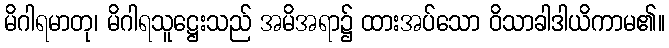
မိဂါရမာတု၊ မိဂါရသူဋ္ဌေးသည် အမိအရာ၌ ထားအပ်သော ဝိသာခါဒါယိကာမ၏။